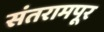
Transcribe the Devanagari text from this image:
संतरामपूर